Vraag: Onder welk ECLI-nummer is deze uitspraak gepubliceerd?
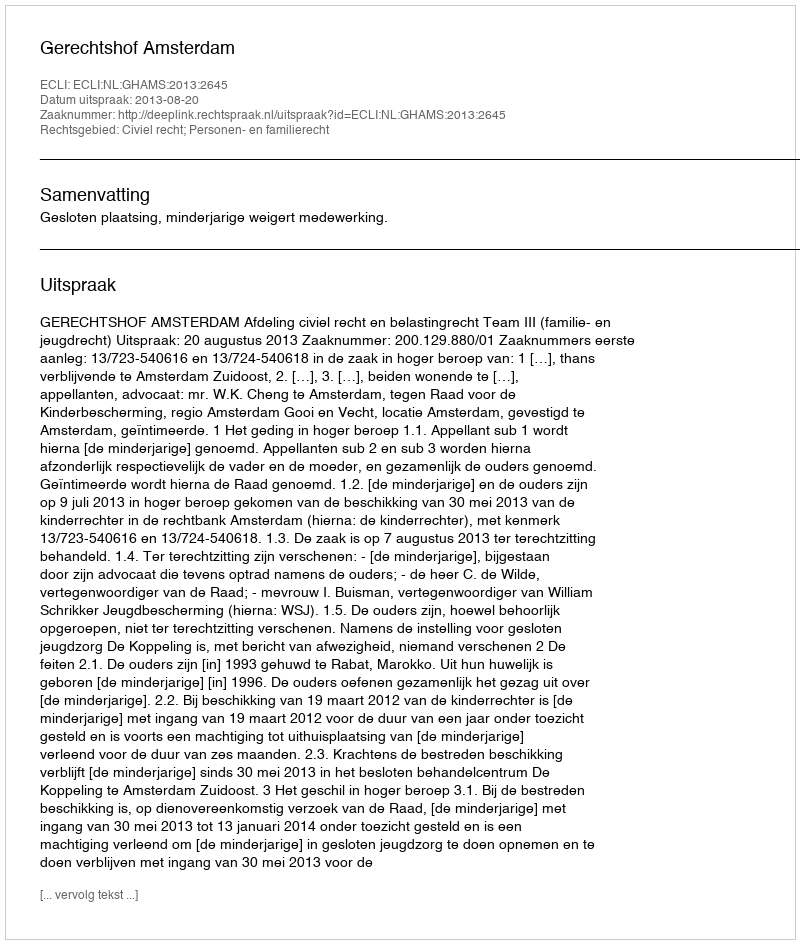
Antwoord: ECLI:NL:GHAMS:2013:2645